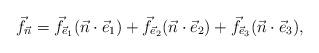
LaTeX: \begin{align*}\begin{aligned} \vec f_{\vec n}=\vec f_{\vec e_1}(\vec n\cdot\vec e_1)+\vec f_{\vec e_2}(\vec n\cdot\vec e_2)+\vec f_{\vec e_3}(\vec n\cdot\vec e_3),\end{aligned}\end{align*}